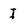
Character: I